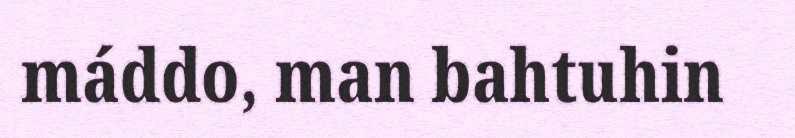
máddo, man bahtuhin